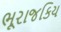
ભૂરાજકિય